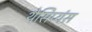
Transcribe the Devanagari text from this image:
थेसिप्यंस